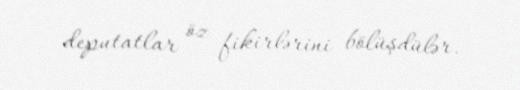
deputatlar öz fikirlərini bölüşdülər.